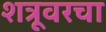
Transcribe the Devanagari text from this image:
शत्रूवरचा